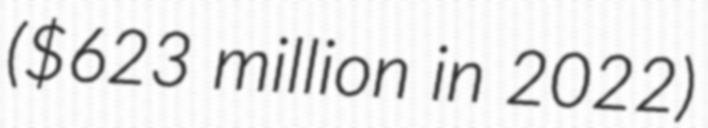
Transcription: ($623 million in 2022)